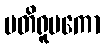
ပတိရူပကော